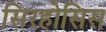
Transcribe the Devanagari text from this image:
सिरहोसिस